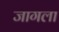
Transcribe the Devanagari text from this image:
जागला